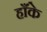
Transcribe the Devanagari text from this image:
हाँके